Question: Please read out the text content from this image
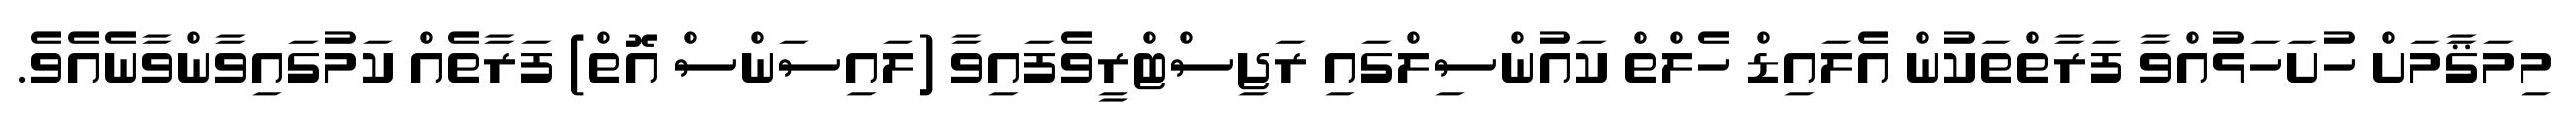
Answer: މިމަޤާމަށް ހުށަހަޅުއްވާ ފަރާތްތަކުން އެލައިޑް ހެލްތް ކައުންސިލްގައި ރަޖިސްޓްރީވެފައިވާ (ލައިސަންސް އޮތް) ފަރާތެއް ކަމުގައިވާންވާނެއެވެ.